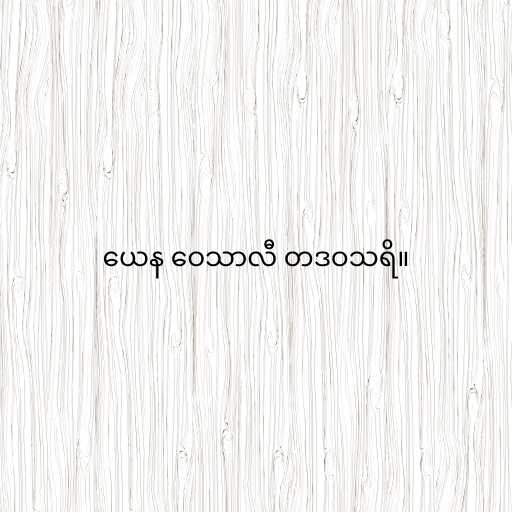
ယေန ဝေသာလီ တဒဝသရိ။